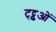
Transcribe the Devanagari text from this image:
ट्ट्टुओं